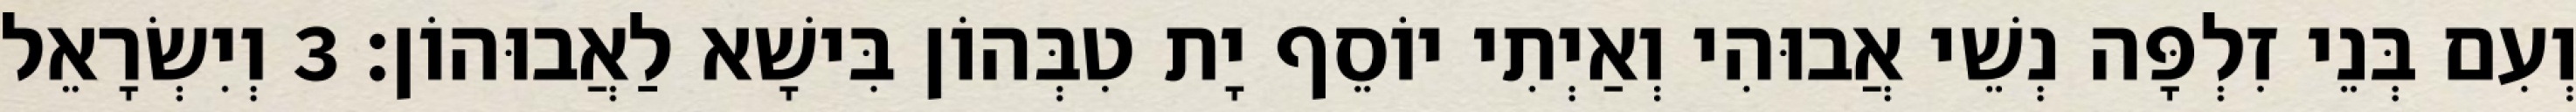
וְעִם בְּנֵי זִלְפָּה נְשֵׁי אֲבוּהִי וְאַיְתִי יוֹסֵף יָת טִבְּהוֹן בִּישָׁא לַאֲבוּהוֹן׃ 3 וְיִשְׂרָאֵל